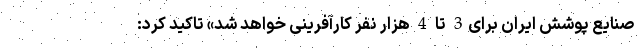
صنایع پوشش ایران برای3 تا 4 هزار نفر کارآفرینی خواهد شد» تاکید کرد: